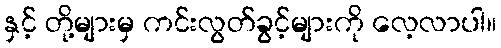
နှင့် တို့များမှ ကင်းလွတ်ခွင့်များကို လေ့လာပါ။